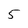
Character: 5